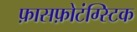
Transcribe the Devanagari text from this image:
फ़ासफ़ोटंग्स्टिक